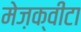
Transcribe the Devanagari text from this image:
मेज़क्वीटा